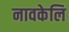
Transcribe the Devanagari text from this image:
नावकेलि